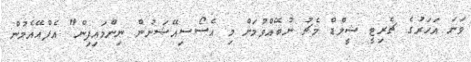
ވަނަ އަހަރުގެ ޗެރިޓީ ޝީލްޑް މެޗު ނުބޭއްވުމަށް މި އެސޯސިއޭޝަނުން ނިންމައިފިން" އެފްއޭއެމުން